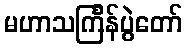
မဟာသင်္ကြန်ပွဲတော်